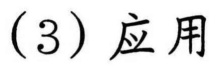
(3) 应用